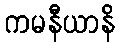
ကမနီယာနိ